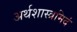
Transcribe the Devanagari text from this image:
अर्थशास्त्रमिदं